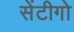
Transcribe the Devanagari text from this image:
सेंटीगो